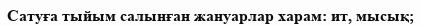
Сатуға тыйым салынған жануарлар харам: ит, мысық;